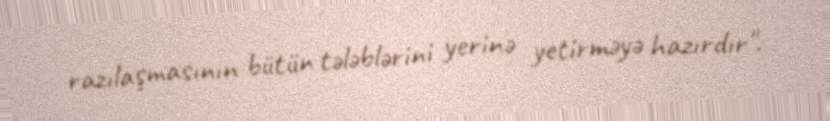
razılaşmasının bütün tələblərini yerinə yetirməyə hazırdır".